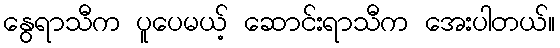
နွေရာသီက ပူပေမယ့် ဆောင်းရာသီက အေးပါတယ်။